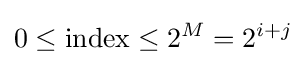
0\leq {\text{index}}\leq 2^{M}=2^{i+j}